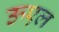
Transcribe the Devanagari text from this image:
ऊएल